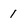
Character: 1